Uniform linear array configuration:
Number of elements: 12
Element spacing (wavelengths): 1
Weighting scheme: blackman
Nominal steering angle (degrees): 45
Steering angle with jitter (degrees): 43.289
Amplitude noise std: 0.05
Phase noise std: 0.05

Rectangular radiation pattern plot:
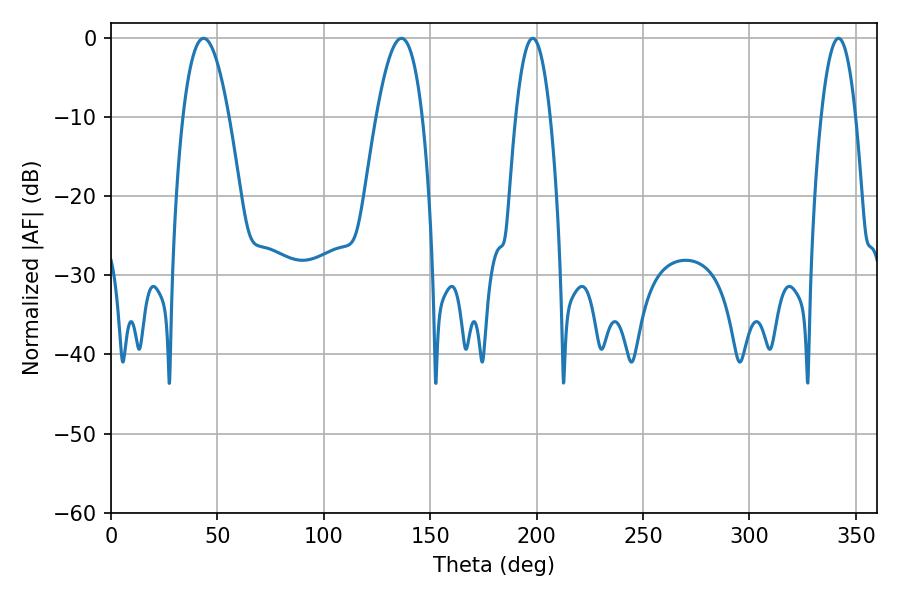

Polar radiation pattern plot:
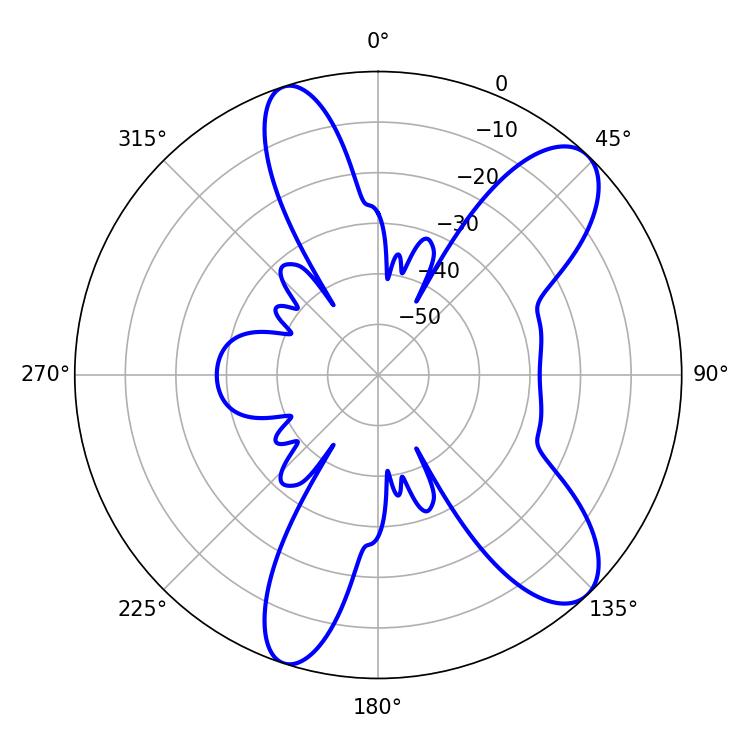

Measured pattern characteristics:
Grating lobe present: TRUE
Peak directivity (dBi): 9.874
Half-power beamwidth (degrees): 9
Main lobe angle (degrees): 198.18